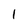
Character: I